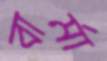
বার্মা